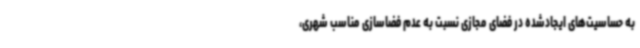
به حساسیت‌های ایجادشده در فضای مجازی نسبت به عدم فضاسازی مناسب شهری،